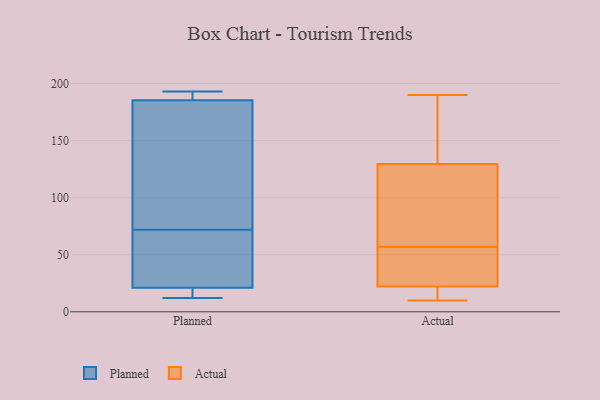
{"axis": {"x": "Shipments", "y": "Value"}, "legend": ["Actual", "Planned"], "data": [{"x": "", "y": 187, "type": "Planned"}, {"x": "", "y": 74, "type": "Planned"}, {"x": "", "y": 13, "type": "Planned"}, {"x": "", "y": 193, "type": "Planned"}, {"x": "", "y": 189, "type": "Planned"}, {"x": "", "y": 186, "type": "Planned"}, {"x": "", "y": 193, "type": "Planned"}, {"x": "", "y": 69, "type": "Planned"}, {"x": "", "y": 70, "type": "Planned"}, {"x": "", "y": 61, "type": "Planned"}, {"x": "", "y": 19, "type": "Planned"}, {"x": "", "y": 17, "type": "Planned"}, {"x": "", "y": 12, "type": "Planned"}, {"x": "", "y": 151, "type": "Planned"}, {"x": "", "y": 52, "type": "Planned"}, {"x": "", "y": 119, "type": "Planned"}, {"x": "", "y": 185, "type": "Planned"}, {"x": "", "y": 82, "type": "Planned"}, {"x": "", "y": 16, "type": "Planned"}, {"x": "", "y": 23, "type": "Planned"}, {"x": "", "y": 50, "type": "Actual"}, {"x": "", "y": 86, "type": "Actual"}, {"x": "", "y": 57, "type": "Actual"}, {"x": "", "y": 80, "type": "Actual"}, {"x": "", "y": 144, "type": "Actual"}, {"x": "", "y": 190, "type": "Actual"}, {"x": "", "y": 184, "type": "Actual"}, {"x": "", "y": 10, "type": "Actual"}, {"x": "", "y": 53, "type": "Actual"}, {"x": "", "y": 13, "type": "Actual"}, {"x": "", "y": 13, "type": "Actual"}]}